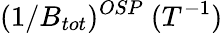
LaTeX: (1/B_{tot})^{OSP}~(T^{-1})